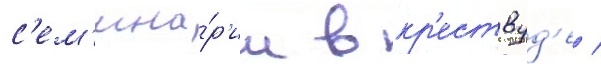
с'ем'ина́р'ии в кр'ествуд'е /